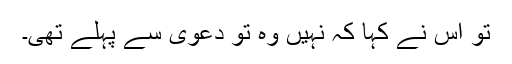
تو اس نے کہا کہ نہیں وہ تو دعویٰ سے پہلے تھی۔